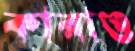
কারাও